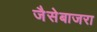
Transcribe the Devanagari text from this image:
जैसेबाजरा